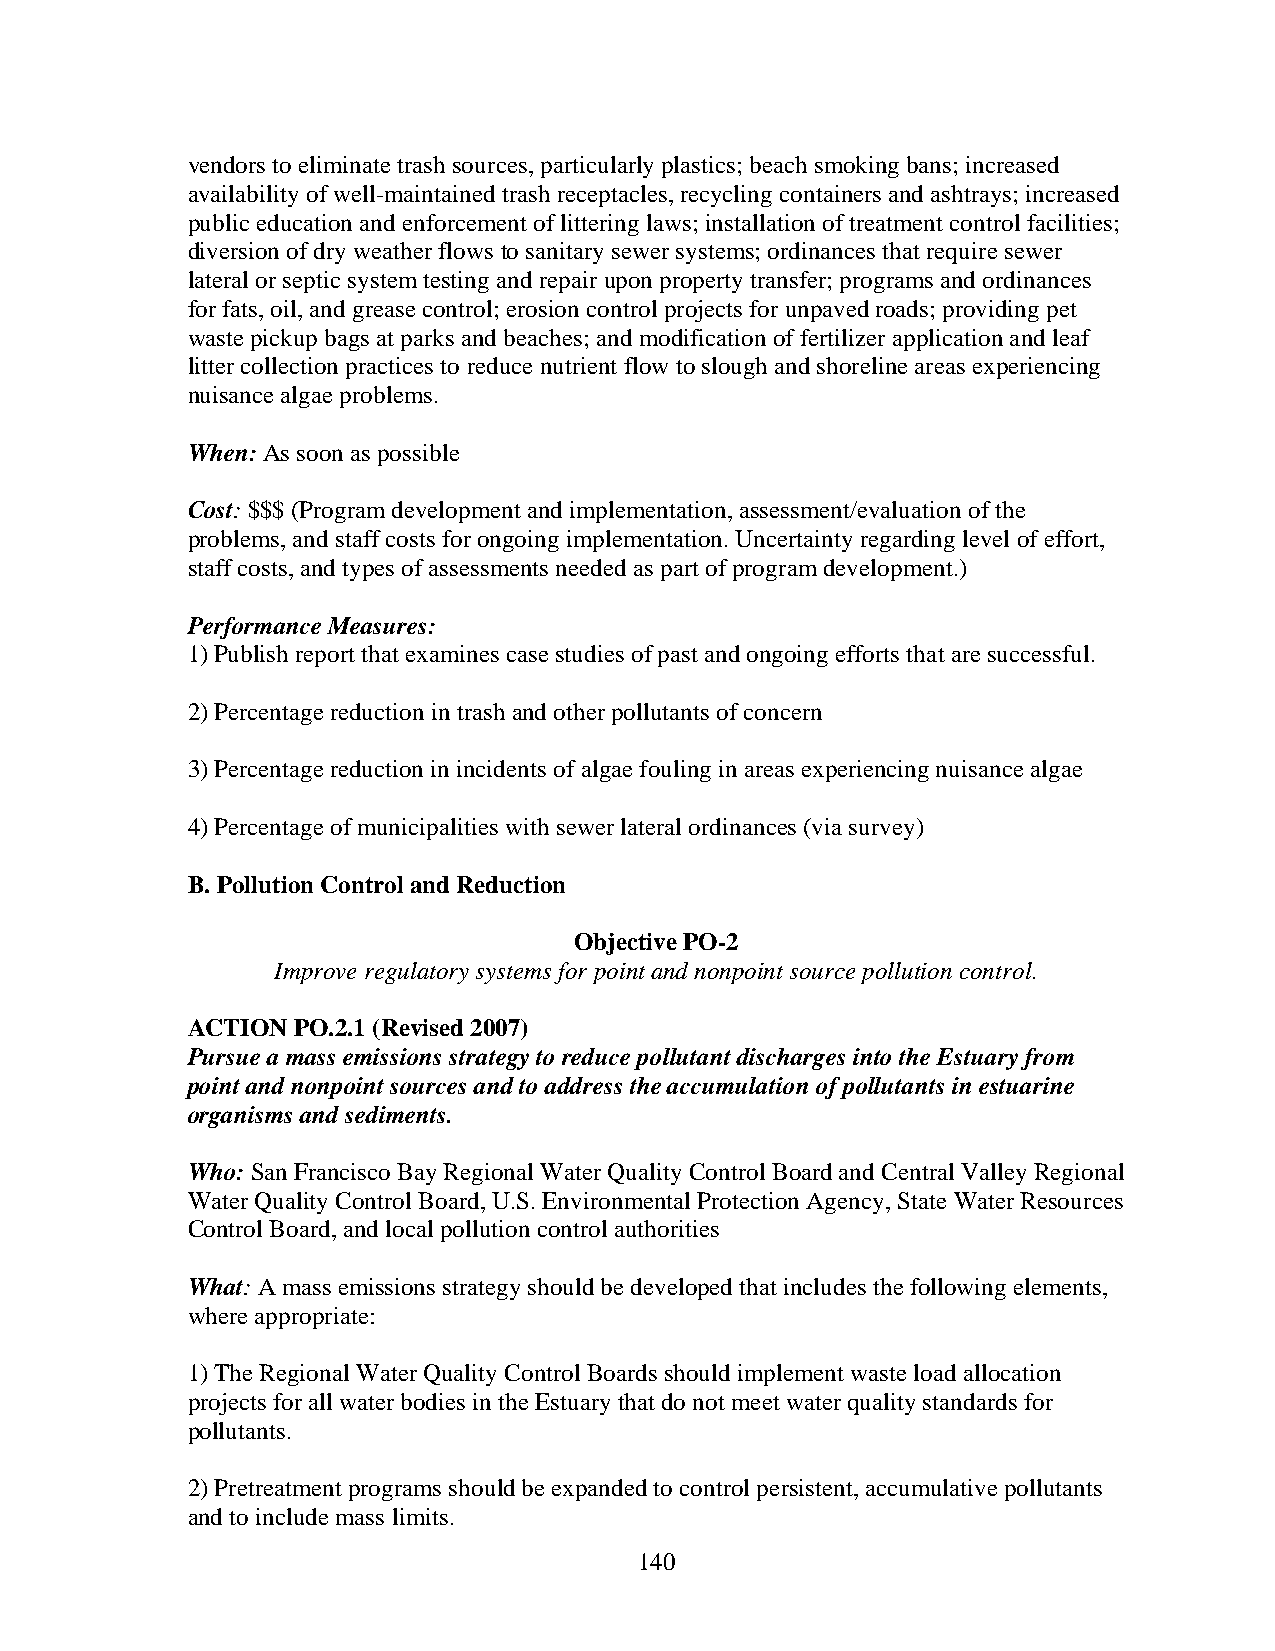
vendors to eliminate trash sources, particularly plastics; beach smoking bans; increased
 availability of well-maintained trash receptacles, recycling containers and ashtrays; increased
 public education and enforcement of littering laws; installation of treatment control facilities;
 diversion of dry weather flows to sanitary sewer systems; ordinances that require sewer
 lateral or septic system testing and repair upon property transfer; programs and ordinances
 for fats, oil, and grease control; erosion control projects for unpaved roads; providing pet
 waste pickup bags at parks and beaches; and modification of fertilizer application and leaf
 litter collection practices to reduce nutrient flow to slough and shoreline areas experiencing
 nuisance algae problems.
 When: As soon as possible
 Cost: $$$ (Program development and implementation, assessment/evaluation of the
 problems, and staff costs for ongoing implementation. Uncertainty regarding level of effort,
 staff costs, and types of assessments needed as part of program development.)
 Performance Measures:
 1) Publish report that examines case studies of past and ongoing efforts that are successful.
 2) Percentage reduction in trash and other pollutants of concern
 3) Percentage reduction in incidents of algae fouling in areas experiencing nuisance algae
 4) Percentage of municipalities with sewer lateral ordinances (via survey)
 B. Pollution Control and Reduction
 Objective PO-2
 Improve regulatory systems for point and nonpoint source pollution control.
 ACTION PO.2.1 (Revised 2007)
 Pursue a mass emissions strategy to reduce pollutant discharges into the Estuary from
 point and nonpoint sources and to address the accumulation of pollutants in estuarine
 organisms and sediments.
 Who: San Francisco Bay Regional Water Quality Control Board and Central Valley Regional
 Water Quality Control Board, U.S. Environmental Protection Agency, State Water Resources
 Control Board, and local pollution control authorities
 What: A mass emissions strategy should be developed that includes the following elements,
 where appropriate:
 1) The Regional Water Quality Control Boards should implement waste load allocation
 projects for all water bodies in the Estuary that do not meet water quality standards for
 pollutants.
 2) Pretreatment programs should be expanded to control persistent, accumulative pollutants
 and to include mass limits.
 140